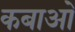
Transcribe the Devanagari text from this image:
कबाओ